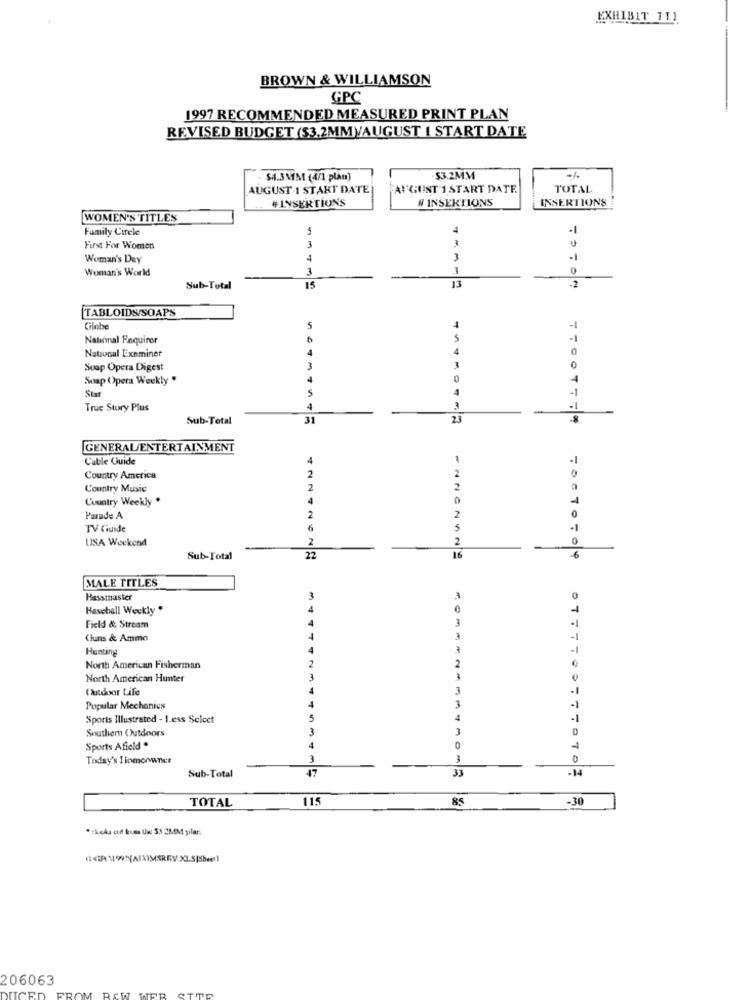
EXHIBIT TIL
BROWN & WILLIAMSON
GPC
1997 RECOMMENDED MEASURED PRINT PLAN
REVISED BUDGET ($3.2MMVAUGUST I START DATE
$4.3MM (4/1 plán)
$3.2MM
-%
AUGUST 1 START DATE
Al'GUST 1 START DATE
TOTAL
#LYSERTIONS
# INSERTIONS
INSERTIONS
WOMEN'S TITLES
Family Circle
4
First For Women
3
Woman's Day
1
3
Woman's World
3
0
Sub-Total
15
13
-2
TABLOIDS SOAPS
Cilebe
5
-1
National Enquirer
4
National Examiner
Suap Opera Digest
3
Soap Opera Weekly "
4
5
Stat
Truc Story Plus
4
Sub-Total
31
GENERAL/ENTERTAINMENT
Cuble Guide
Country America
Country Music
2
Country Weekly .
Parade A
2
2
TV Guide
6
USA Weekend
2
2
0
Sub-Total
22
16
6
10070-04
MALE TITLES
Hasstnasier
Haseball Weekly "
3
Field & Stream
Ciuns & Ammo
Hunting
--
North American Fisherman
North American Hunter
Outdoor Life
3
Popular Mechanics
3
Sports Illustrated - 1.ess Select
4
Southem Outdoors
3
3
Sports Afield .
Today's I lomorvaner
3
3
0
47
14
Sub-Total
33
115
85
-30
TOTAL
*rkela cd kulo Un: 5.3.2MM pilar.
206063
TIME